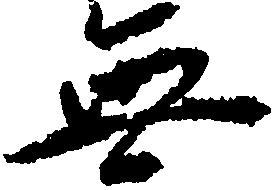
無